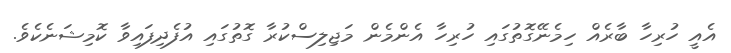
އެއީ ހުރިހާ ބާރެއް ހިމެނޭގޮތުގައި ހުރިހާ އެންމެން މަޖިލިސްކުރާ ގޮތުގައި އުފެދިފައިވާ ކޮމިޝަނެކެވެ.